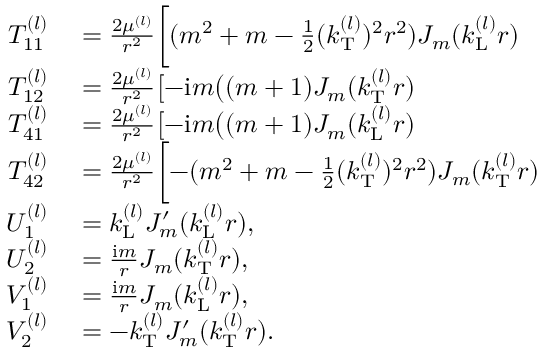
\begin{array} { r l } { T _ { 1 1 } ^ { ( l ) } } & { { } = \frac { 2 \mu ^ { ( l ) } } { r ^ { 2 } } \biggl [ ( m ^ { 2 } + m - \frac { 1 } { 2 } ( k _ { \mathrm { T } } ^ { ( l ) } ) ^ { 2 } r ^ { 2 } ) J _ { m } ( k _ { \mathrm { L } } ^ { ( l ) } r ) } \\ { T _ { 1 2 } ^ { ( l ) } } & { { } = \frac { 2 \mu ^ { ( l ) } } { r ^ { 2 } } \bigl [ - \mathrm { i } m \bigl ( ( m + 1 ) J _ { m } ( k _ { \mathrm { T } } ^ { ( l ) } r ) } \\ { T _ { 4 1 } ^ { ( l ) } } & { { } = \frac { 2 \mu ^ { ( l ) } } { r ^ { 2 } } \bigl [ - \mathrm { i } m \bigl ( ( m + 1 ) J _ { m } ( k _ { \mathrm { L } } ^ { ( l ) } r ) } \\ { T _ { 4 2 } ^ { ( l ) } } & { { } = \frac { 2 \mu ^ { ( l ) } } { r ^ { 2 } } \biggl [ - ( m ^ { 2 } + m - \frac { 1 } { 2 } ( k _ { \mathrm { T } } ^ { ( l ) } ) ^ { 2 } r ^ { 2 } ) J _ { m } ( k _ { \mathrm { T } } ^ { ( l ) } r ) } \\ { U _ { 1 } ^ { ( l ) } } & { { } = k _ { \mathrm { L } } ^ { ( l ) } J _ { m } ^ { \prime } ( k _ { \mathrm { L } } ^ { ( l ) } r ) , } \\ { U _ { 2 } ^ { ( l ) } } & { { } = \frac { \mathrm { i } m } { r } J _ { m } ( k _ { \mathrm { T } } ^ { ( l ) } r ) , } \\ { V _ { 1 } ^ { ( l ) } } & { { } = \frac { \mathrm { i } m } { r } J _ { m } ( k _ { \mathrm { L } } ^ { ( l ) } r ) , } \\ { V _ { 2 } ^ { ( l ) } } & { { } = - k _ { \mathrm { T } } ^ { ( l ) } J _ { m } ^ { \prime } ( k _ { \mathrm { T } } ^ { ( l ) } r ) . } \end{array}